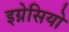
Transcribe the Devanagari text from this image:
इग्नेसियो